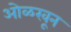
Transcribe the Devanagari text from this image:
अोळखून